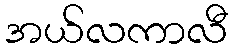
အယ်လကာလီ